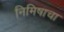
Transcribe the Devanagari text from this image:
निमिषाचा